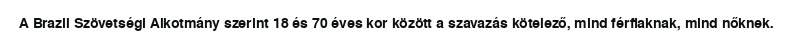
A Brazil Szövetségi Alkotmány szerint 18 és 70 éves kor között a szavazás kötelező, mind férfiaknak, mind nőknek.